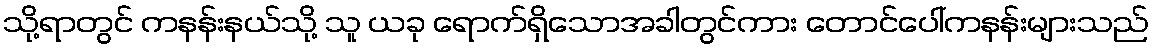
သို့ရာတွင် ကနန်းနယ်သို့ သူ ယခု ရောက်ရှိသောအခါတွင်ကား တောင်ပေါ်ကနန်းများသည်